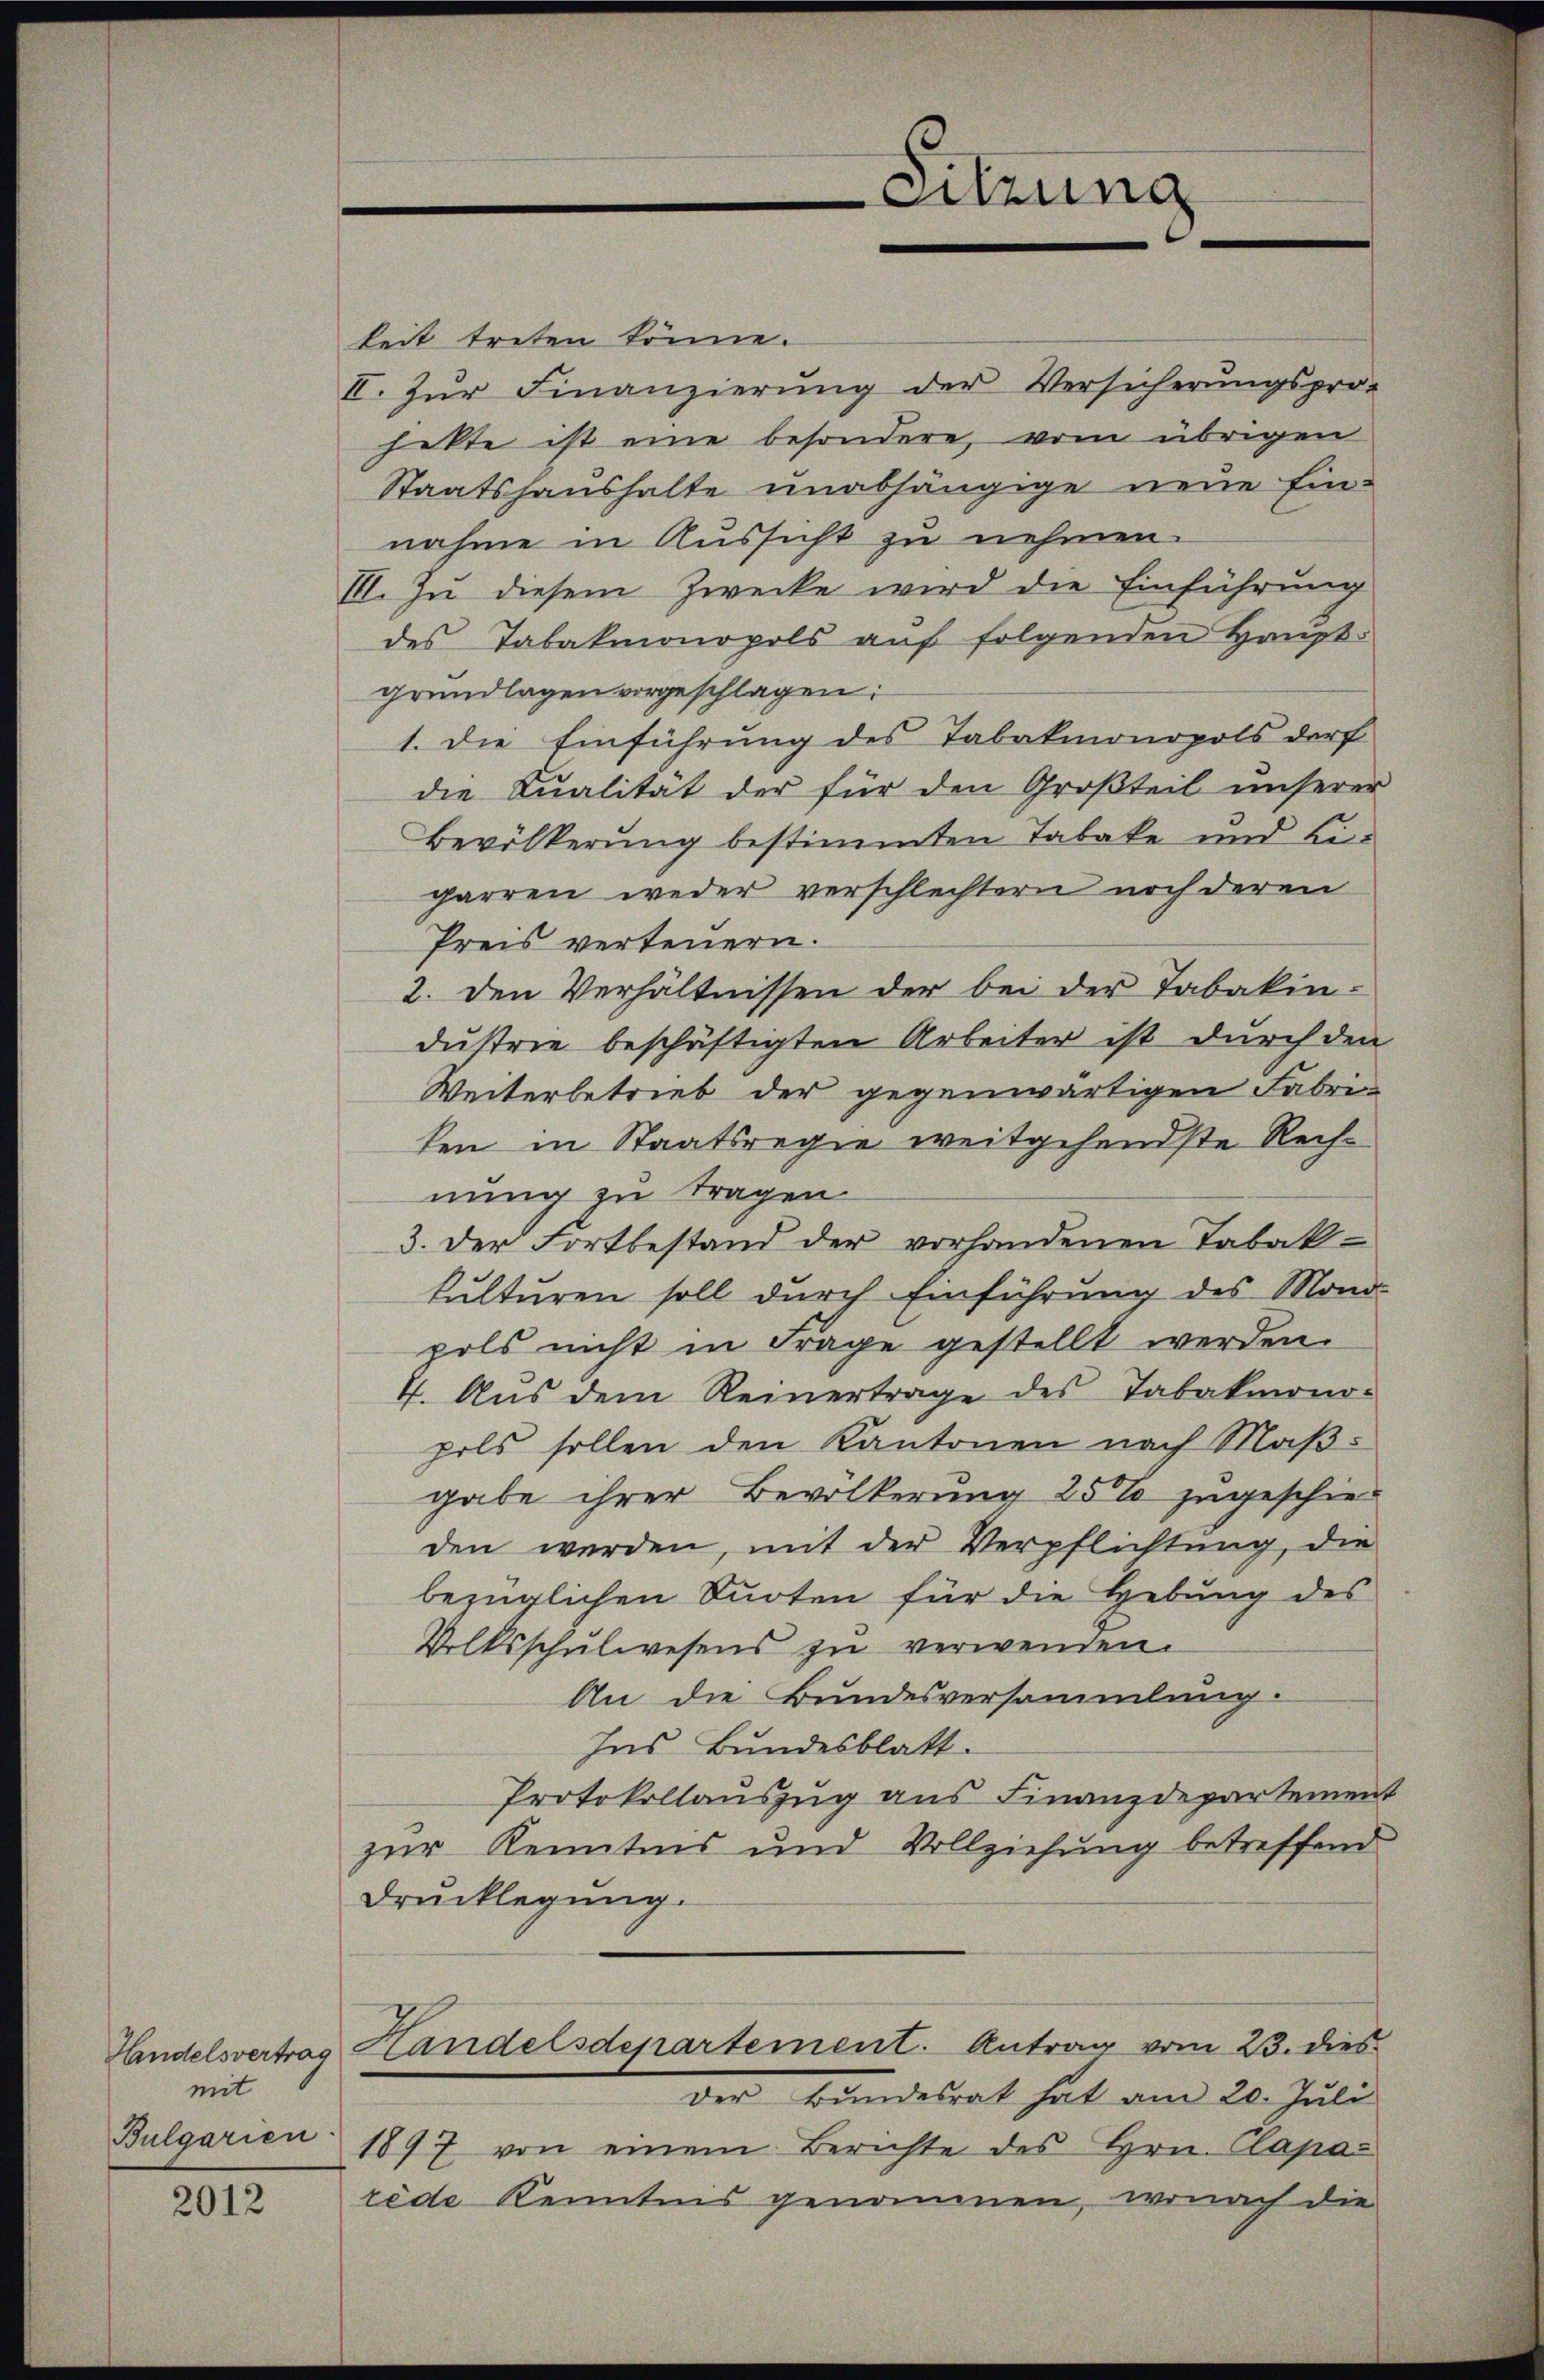
mit
Bulgarien

2012

Sitzung

keit treten könne.
II. Zur Finanzierung der Versicherungspro-
hette ist eine besondere, vom übrigen
Staatshaushalte unabhängige neue Einnahme in Aussicht zu nehmen.
III. Zu diesem Zwecke wird die Einführung
des Tabakmonopols auf folgenden Haupt-
grundlagen vorgeschlagen:
1. Die Einführung des Tabakmonopols darf
die Qualität der für den Großteil unserer
Bevölkerung bestimmten Tabake und Li-
garren weder verschlechtern noch deren
Preis verteuern.
2. den Verhältnissen der bei der Tabakin-
dustrie beschäftigten Arbeiter ist durch den
Weiterbetrieb der gegenwärtigen Fabriten in Staatsregie weitgehendste Rechnung zu tragen.
3. der Fortbestand der vorhandenen Tabak-
kulturen soll durch Einführung des Mond-
pols nicht in Frage gestellt werden.
4. Aus dem Reinertrage des Tabakmono-
pels sollen den Kantonen nach Maßgabe ihrer Bevölkerung 25% zugeschie-
den werden, mit der Verpflichtung, die
bezüglichen Surten für die Hebung des
Volksschulwesens zu verwenden.
An die Bundesversammlung.
Ins Bundesblatt.
Protokollauszug aus Finanzdepartement
zur Kenntnis und Vollziehung betreffend
Drucklegung.
Handelsvertrag Handelsdepartement. Antrag vom 23. dies
der Bundesrat hat am 20. Juli
1897 von einem Berichte des Hrn. Clapa
rede Kenntnis genommen, wonach die